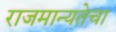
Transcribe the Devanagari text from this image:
राजमान्यतेचा